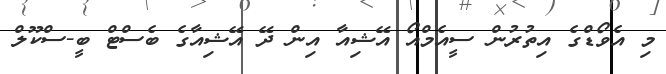
މި އެވޯޑްގެ އިތުރުން ސީއެމްއޯ އޭޝިއާ އިން ދޭ އޭޝިއާގެ ބެސްޓް ބީ-ސްކޫލް